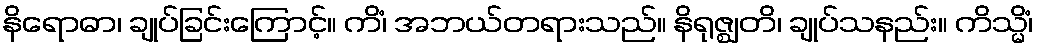
နိရောဓာ၊ ချုပ်ခြင်းကြောင့်။ ကိံ၊ အဘယ်တရားသည်။ နိရုဇ္ဈတိ၊ ချုပ်သနည်း။ ကိသ္မိံ၊